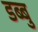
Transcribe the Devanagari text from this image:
डब्बु